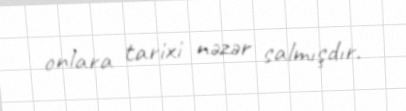
onlara tarixi nəzər salmışdır.